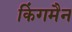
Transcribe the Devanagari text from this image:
किंगमैन